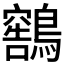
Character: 𫛕